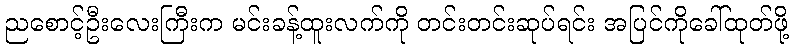
ညစောင့်ဦးလေးကြီးက မင်းခန့်ထူးလက်ကို တင်းတင်းဆုပ်ရင်း အပြင်ကိုခေါ်ထုတ်ဖို့